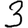
Digit: 3